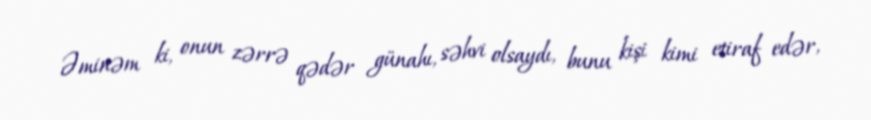
Əminəm ki, onun zərrə qədər günahı, səhvi olsaydı, bunu kişi kimi etiraf edər,